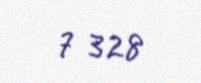
7 328